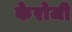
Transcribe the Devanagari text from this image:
केरोजी